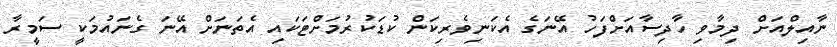
ނާއިލްއަށް ދިމާވި ހާދިސާއަށްފަހު އޭނަގެ އެކަނިވެރިކަން ކުޑަކުރުމަށްޓަކައި އެތަނަށް އޭނަ ގެނައުމަކީ ސަމީރާ